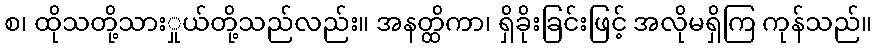
စ၊ ထိုသတို့သားှုယ်တို့သည်လည်း။ အနတ္ထိကာ၊ ရှိခိုးခြင်းဖြင့် အလိုမရှိကြ ကုန်သည်။